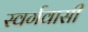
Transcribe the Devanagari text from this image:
स्‍वर्गवासी